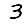
Digit: 3